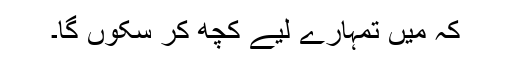
کہ میں تمہارے لیے کچھ کر سکوں گا۔